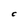
Character: C